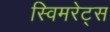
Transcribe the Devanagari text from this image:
स्विमरेट्स